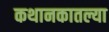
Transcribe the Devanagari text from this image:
कथानकातल्या